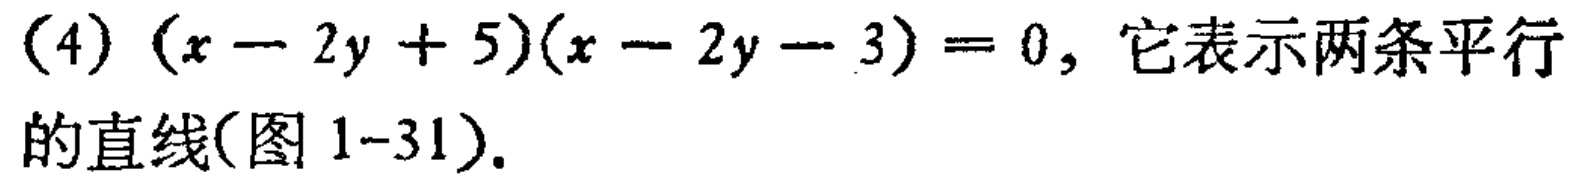
(4) \((x - 2y + 5)(x - 2y - 3) = 0\), 它表示两条平行的直线(图 1-31).